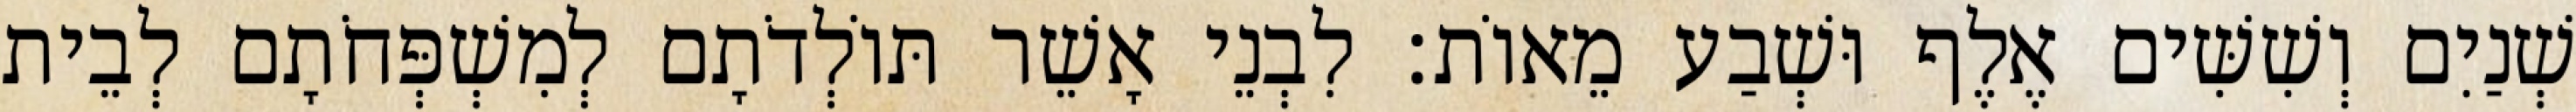
שְׁנַיִם וְשִׁשִּׁים אֶלֶף וּשְׁבַע מֵאוֹת׃ לִבְנֵי אָשֵׁר תּוֹלְדֹתָם לְמִשְׁפְּחֹתָם לְבֵית